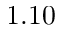
1 . 1 0